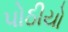
પોઠીયો